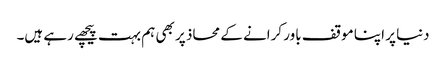
دنیا پر اپنا موقف باور کرانے کے محاذ پر بھی ہم بہت پیچھے رہے ہیں۔